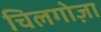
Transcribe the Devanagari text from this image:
चिलगोज़ा